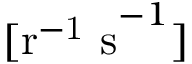
[ \mathrm { r ^ { - 1 } ~ s } ^ { - 1 } ]